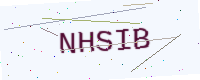
Text: NHSIB